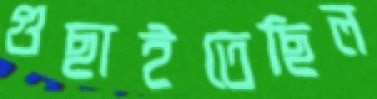
গুছাইতেছিল